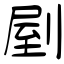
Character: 剭